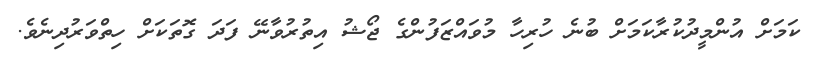
ކަމަށް އުންމީދުކުރާކަމަށް ބުނެ ހުރިހާ މުވައްޒަފުންގެ ޖޯޝު އިތުރުވާނޭ ފަދަ ގޮތަކަށް ހިތްވަރުދިނެވެ.